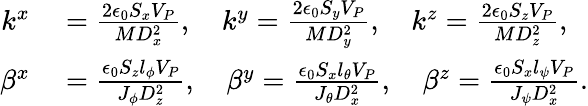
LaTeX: \begin{array}{rl}{k^{x}}&{{}=\frac{2\epsilon_{0}S_{x}V_{P}}{MD_{x}^{2}},\quad k^{y}=\frac{2\epsilon_{0}S_{y}V_{P}}{MD_{y}^{2}},\quad k^{z}=\frac{2\epsilon_{0}S_{z}V_{P}}{MD_{z}^{2}},}\\ {\beta^{x}}&{{}=\frac{\epsilon_{0}S_{z}l_{\phi}V_{P}}{J_{\phi}D_{z}^{2}},\quad\beta^{y}=\frac{\epsilon_{0}S_{x}l_{\theta}V_{P}}{J_{\theta}D_{x}^{2}},\quad\beta^{z}=\frac{\epsilon_{0}S_{x}l_{\psi}V_{P}}{J_{\psi}D_{x}^{2}}.}\end{array}